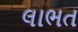
લાભત